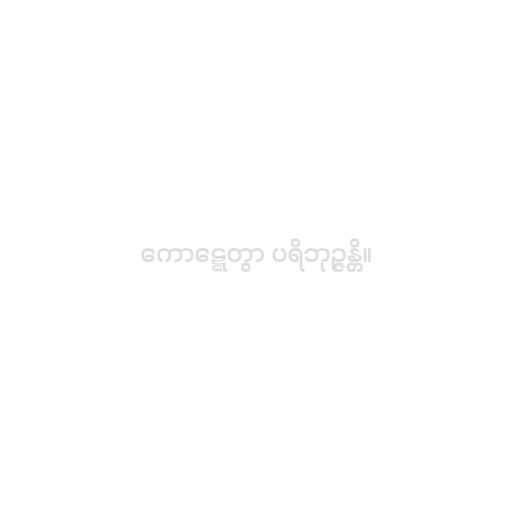
ကောဋ္ဋေတွာ ပရိဘုဉ္ဇန္တိ။